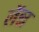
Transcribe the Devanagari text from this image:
लॅन्न